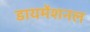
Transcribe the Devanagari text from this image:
डायमेंशनल